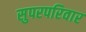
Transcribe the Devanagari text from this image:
सुपरपरिवार